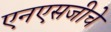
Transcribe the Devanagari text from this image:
एनएसजीचे